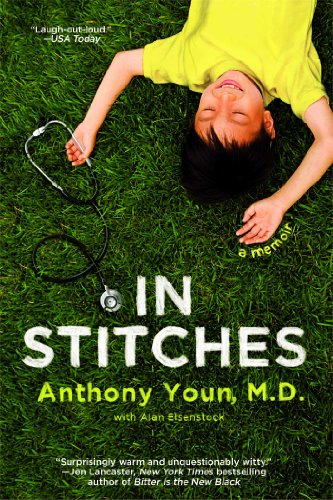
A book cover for In Stitches; Dr. Anthony Youn; Humor & Entertainment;